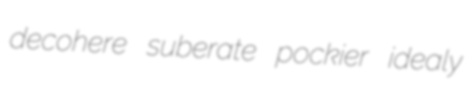
decohere suberate pockier idealy